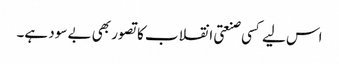
اس لیے کسی صنعتی انقلاب کا تصور بھی بے سود ہے۔